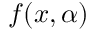
f ( x , \alpha )